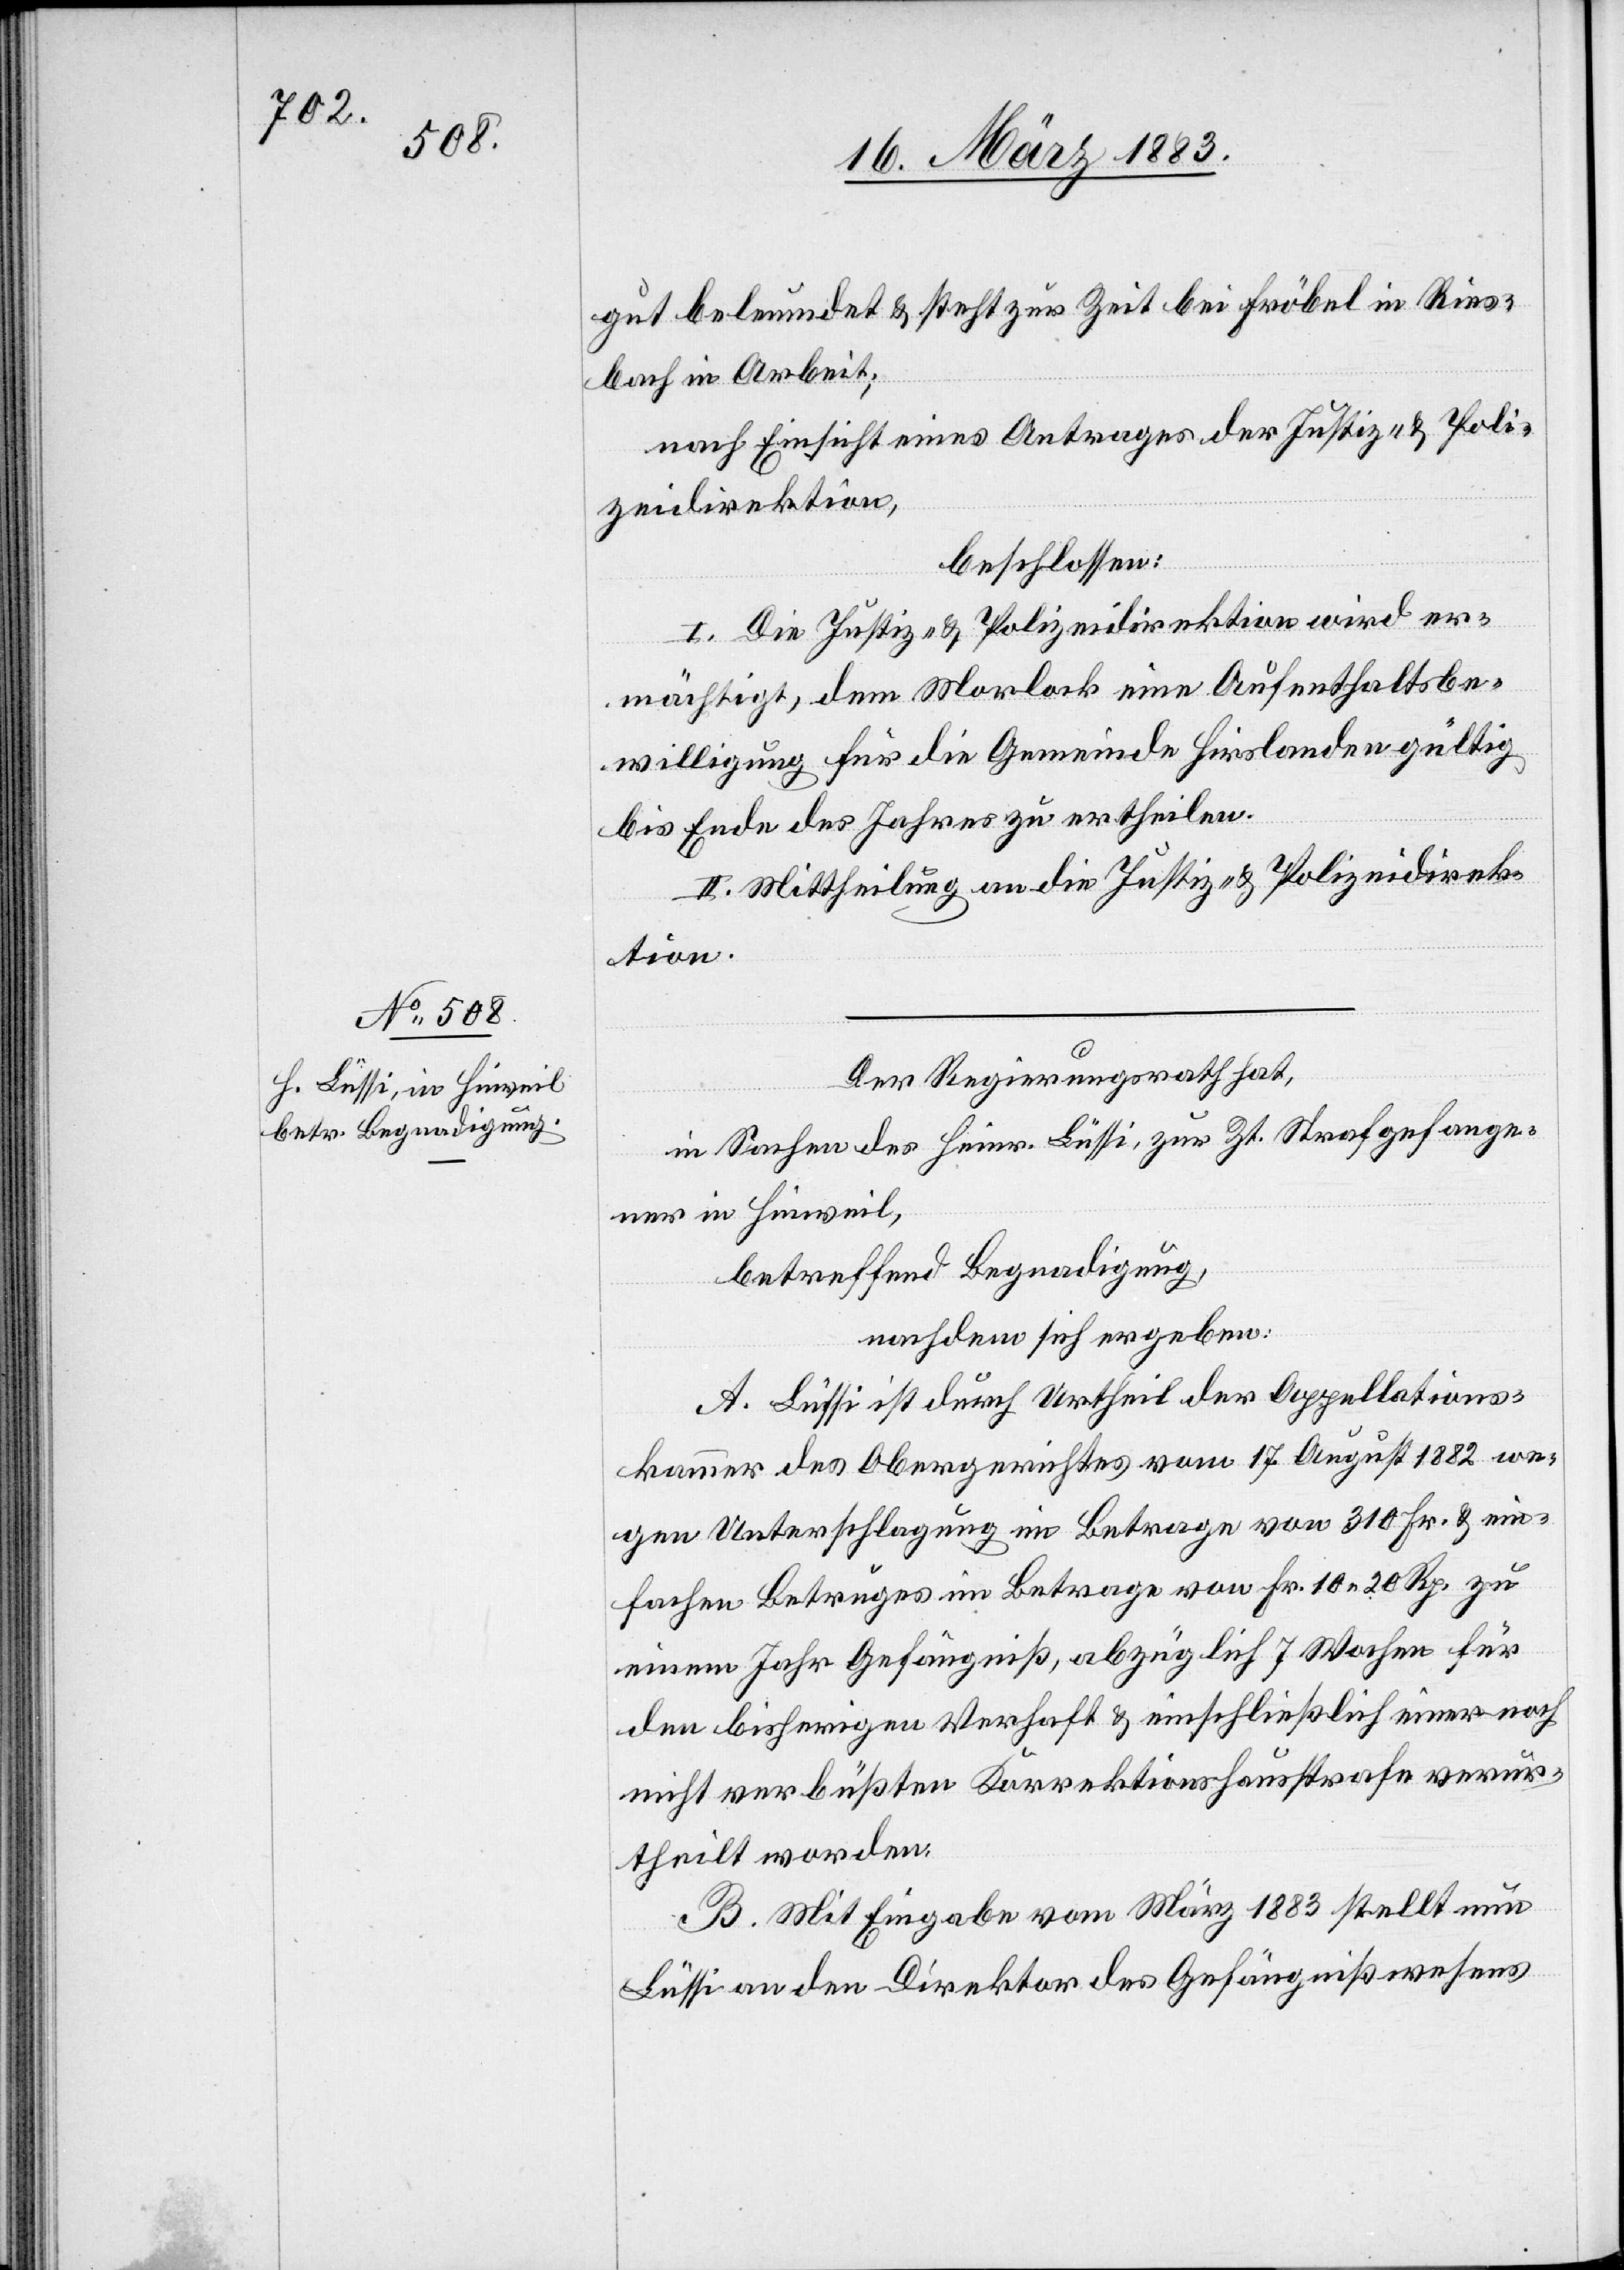
nach Einsicht eines Antrages der Justiz- & Poli¬
zeidirektion,
wir
beschlossen:
ektion
Der Regierungsrath hat,
etc.“